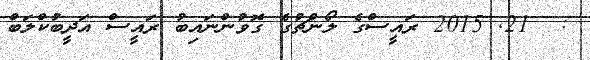
:  21